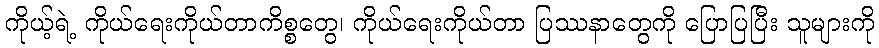
ကိုယ့်ရဲ့ ကိုယ်ရေးကိုယ်တာကိစ္စတွေ၊ ကိုယ်ရေးကိုယ်တာ ပြဿနာတွေကို ပြောပြပြီး သူများကို